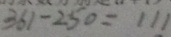
3 6 1 - 2 5 0 = 1 1 1